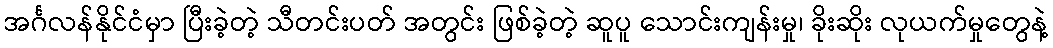
အင်္ဂလန်နိုင်ငံမှာ ပြီးခဲ့တဲ့ သီတင်းပတ် အတွင်း ဖြစ်ခဲ့တဲ့ ဆူပူ သောင်းကျန်းမှု၊ ခိုးဆိုး လုယက်မှုတွေနဲ့